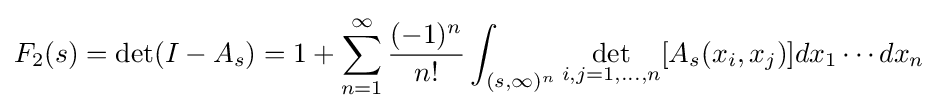
F_{2}(s)=\det(I-A_{s})=1+\sum _{n=1}^{\infty }{\frac {(-1)^{n}}{n!}}\int _{(s,\infty )^{n}}\det _{i,j=1,...,n}[A_{s}(x_{i},x_{j})]dx_{1}\cdots dx_{n}